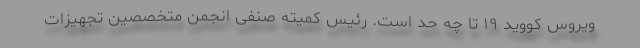
ویروس کووید ۱۹ تا چه حد است. رئیس کمیته صنفی انجمن متخصصین تجهیزات